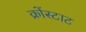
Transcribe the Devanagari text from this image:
क्रोंस्टाट